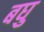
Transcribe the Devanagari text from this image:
बघु